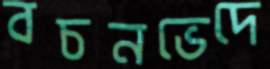
বচনভেদে